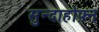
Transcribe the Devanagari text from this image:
सुन्दाहोफ़्न